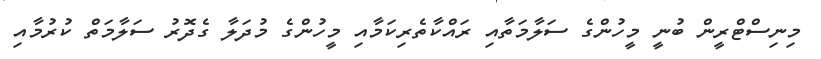
މިނިސްޓްރީން ބުނީ މީހުންގެ ސަލާމަތާއި ރައްކާތެރިކަމާއި މީހުންގެ މުދަލާ ގެދޮރު ސަލާމަތް ކުރުމާއި